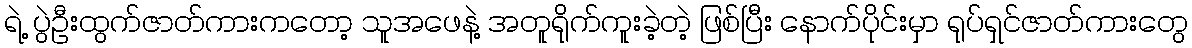
ရဲ့ ပွဲဦးထွက်ဇာတ်ကားကတော့ သူအဖေနဲ့ အတူရိုက်ကူးခဲ့တဲ့ ဖြစ်ပြီး နောက်ပိုင်းမှာ ရုပ်ရှင်ဇာတ်ကားတွေ